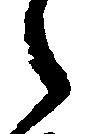
々